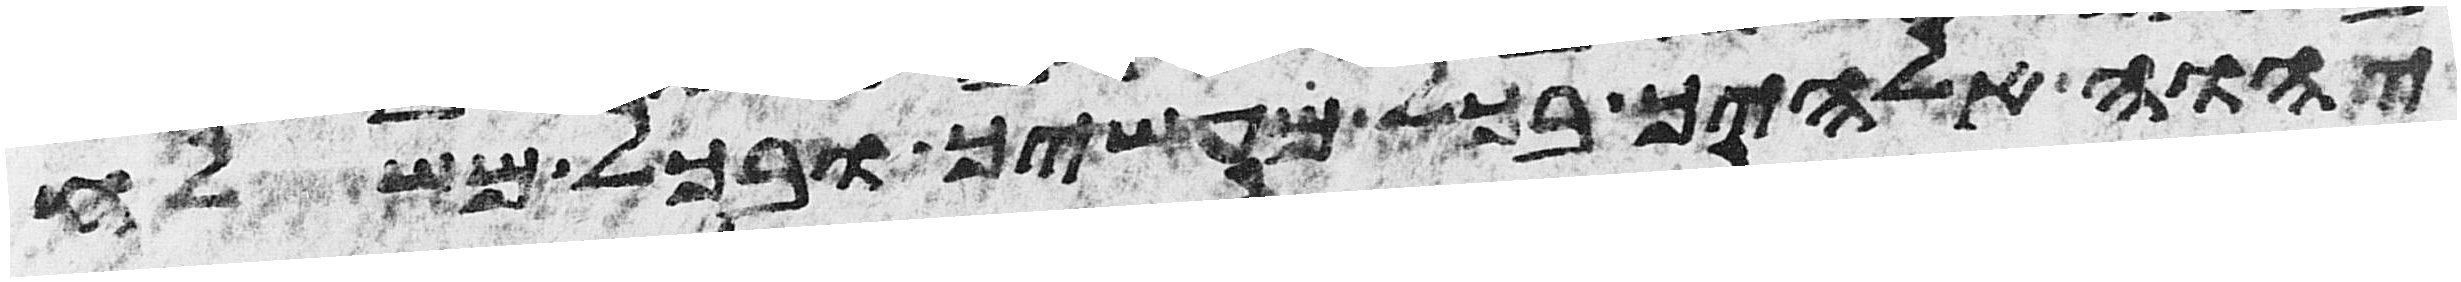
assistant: יהוה אלהיך בכל מעשיך ובכל משלח